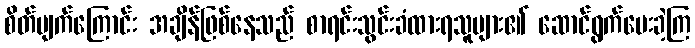
စိတ်ပျက်ကြောင်း အချိန်ဖြစ်နေသည် စာရင်းသွင်းခံထားရသူများ၏ ဆောင်ရွက်ပေးခဲ့ကြ